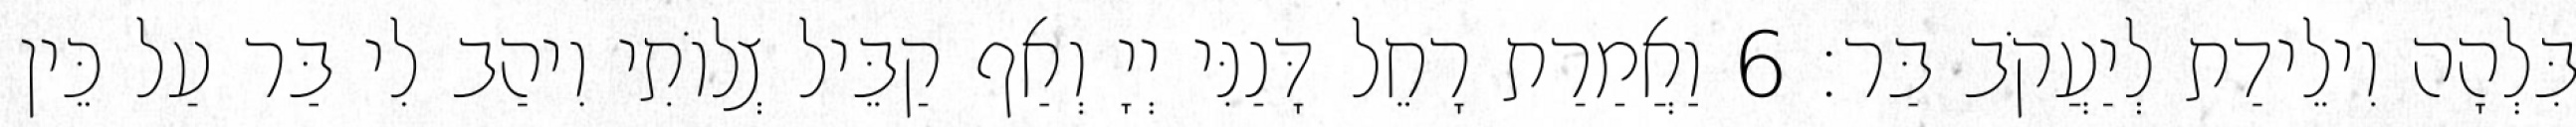
בִּלְהָה וִילֵידַת לְיַעֲקֹב בַּר׃ 6 וַאֲמַרַת רָחֵל דָּנַנִּי יְיָ וְאַף קַבֵּיל צְלוֹתִי וִיהַב לִי בַּר עַל כֵּין